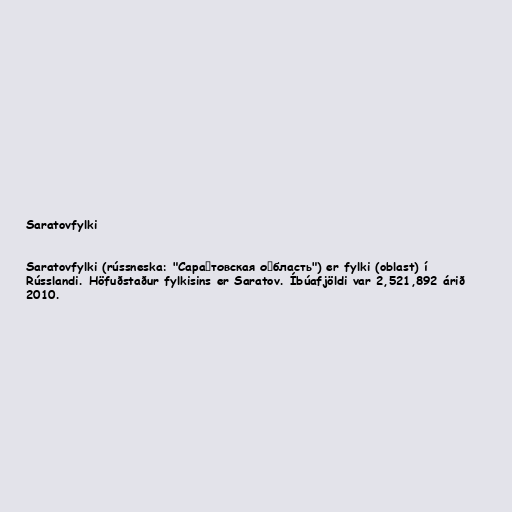
Saratovfylki

Saratovfylki (rússneska: "Сара́товская о́бласть") er fylki (oblast) í
Rússlandi. Höfuðstaður fylkisins er Saratov. Íbúafjöldi var 2,521,892 árið
2010.